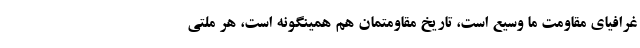
غرافیای مقاومت ما وسیع است، تاریخ مقاومتمان هم همینگونه است، هر ملتی